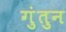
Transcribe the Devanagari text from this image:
गुंतुन